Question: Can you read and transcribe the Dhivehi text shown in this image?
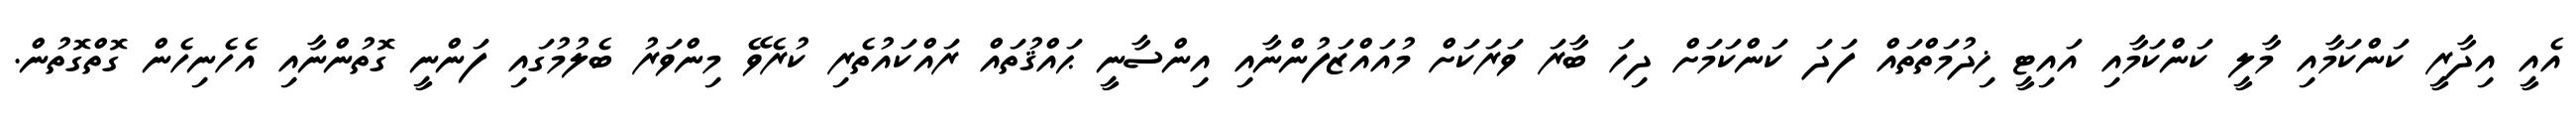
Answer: އެއީ އިދާރީ ކަންކަމާއި މާލީ ކަންކަމާއި އައިޓީ ޚިދުމަތްތައް ފަދަ ކަންކަމަށް ދިހަ ބާރަ ވަރަކަށް މުއައްޒަފުންނާއި އިންސާނީ ޙައްޤުތައް ރައްކައުތެރި ކުރެވޭ މިންވަރު ބެލުމުގައި ފަންނީ ގޮތުންނާއި އެހެނިހެން ގޮތްގޮތުން.